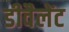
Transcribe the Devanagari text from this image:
डीवैलेंट